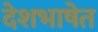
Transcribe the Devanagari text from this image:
देशभाषेत